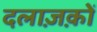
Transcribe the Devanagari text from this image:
दलाज़क़ों